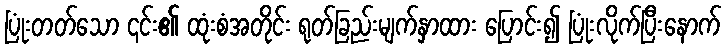
ပြုံးတတ်သော ၎င်း၏ ထုံးစံအတိုင်း ရုတ်ခြည်းမျက်နှာထား ပြောင်း၍ ပြုံးလိုက်ပြီးနောက်